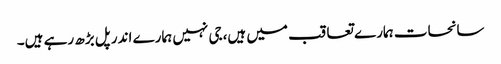
سانحات ہمارے تعاقب میں ہیں،جی نہیں ہمارے اندر پل بڑھ رہے ہیں۔